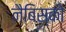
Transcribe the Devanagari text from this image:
नैबिस्को